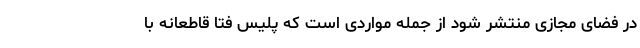
در فضای مجازی منتشر شود از جمله مواردی است که پلیس فتا قاطعانه با